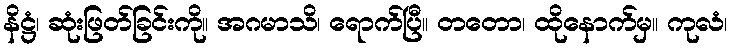
နိဋ္ဌံ၊ ဆုံးဖြတ်ခြင်းကို။ အဂမာသိ၊ ရောက်ပြီ။ တတော၊ ထိုနောက်မှ။ ကုလံ၊